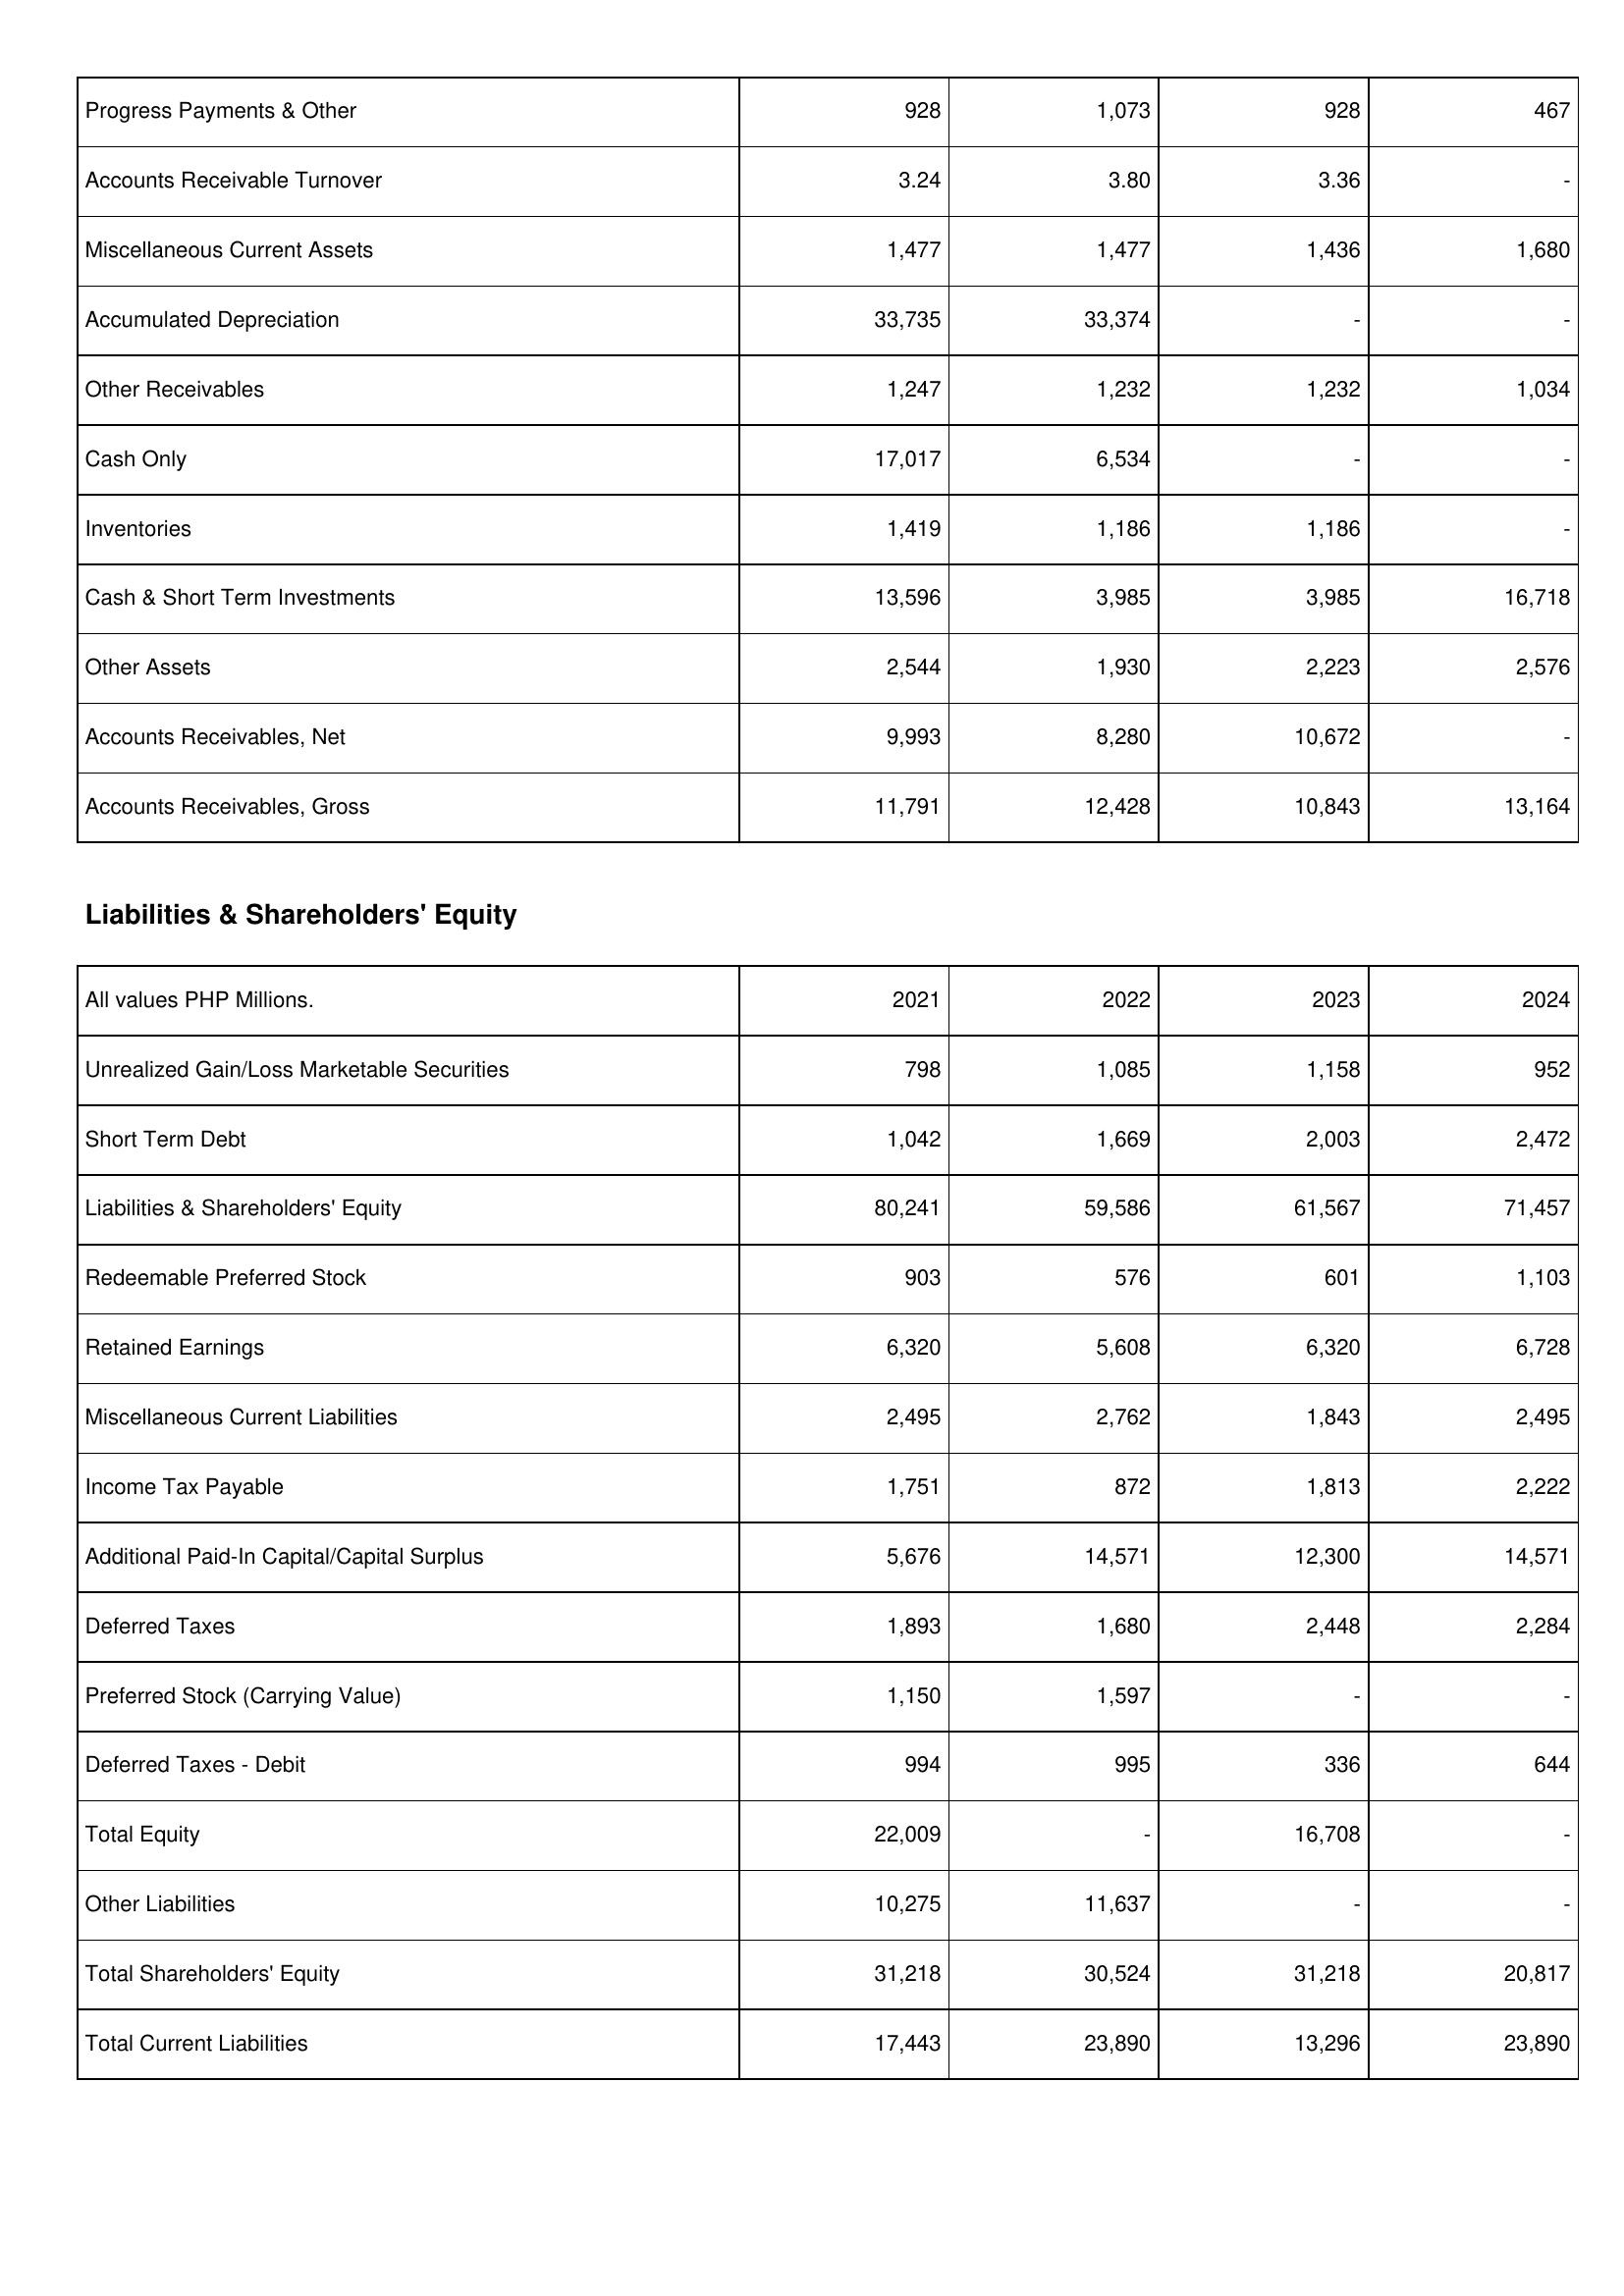
2021: Assets: Progress Payments & Other: 928
Accounts Receivable Turnover: 3.24
Miscellaneous Current Assets: 1,477
Accumulated Depreciation: 33,735
Other Receivables: 1,247
Cash Only: 17,017
Inventories: 1,419
Cash & Short Term Investments: 13,596
Other Assets: 2,544
Accounts Receivables, Net: 9,993
Accounts Receivables, Gross: 11,791
Liabilities & Shareholders' Equity: Unrealized Gain/Loss Marketable Securities: 798
Short Term Debt: 1,042
Liabilities & Shareholders' Equity: 80,241
Redeemable Preferred Stock: 903
Retained Earnings: 6,320
Miscellaneous Current Liabilities: 2,495
Income Tax Payable: 1,751
Additional Paid-In Capital/Capital Surplus: 5,676
Deferred Taxes: 1,893
Preferred Stock (Carrying Value): 1,150
Deferred Taxes - Debit: 994
Total Equity: 22,009
Other Liabilities: 10,275
Total Shareholders' Equity: 31,218
Total Current Liabilities: 17,443
2022: Assets: Progress Payments & Other: 1,073
Accounts Receivable Turnover: 3.80
Miscellaneous Current Assets: 1,477
Accumulated Depreciation: 33,374
Other Receivables: 1,232
Cash Only: 6,534
Inventories: 1,186
Cash & Short Term Investments: 3,985
Other Assets: 1,930
Accounts Receivables, Net: 8,280
Accounts Receivables, Gross: 12,428
Liabilities & Shareholders' Equity: Unrealized Gain/Loss Marketable Securities: 1,085
Short Term Debt: 1,669
Liabilities & Shareholders' Equity: 59,586
Redeemable Preferred Stock: 576
Retained Earnings: 5,608
Miscellaneous Current Liabilities: 2,762
Income Tax Payable: 872
Additional Paid-In Capital/Capital Surplus: 14,571
Deferred Taxes: 1,680
Preferred Stock (Carrying Value): 1,597
Deferred Taxes - Debit: 995
Total Equity: -
Other Liabilities: 11,637
Total Shareholders' Equity: 30,524
Total Current Liabilities: 23,890
2023: Assets: Progress Payments & Other: 928
Accounts Receivable Turnover: 3.36
Miscellaneous Current Assets: 1,436
Accumulated Depreciation: -
Other Receivables: 1,232
Cash Only: -
Inventories: 1,186
Cash & Short Term Investments: 3,985
Other Assets: 2,223
Accounts Receivables, Net: 10,672
Accounts Receivables, Gross: 10,843
Liabilities & Shareholders' Equity: Unrealized Gain/Loss Marketable Securities: 1,158
Short Term Debt: 2,003
Liabilities & Shareholders' Equity: 61,567
Redeemable Preferred Stock: 601
Retained Earnings: 6,320
Miscellaneous Current Liabilities: 1,843
Income Tax Payable: 1,813
Additional Paid-In Capital/Capital Surplus: 12,300
Deferred Taxes: 2,448
Preferred Stock (Carrying Value): -
Deferred Taxes - Debit: 336
Total Equity: 16,708
Other Liabilities: -
Total Shareholders' Equity: 31,218
Total Current Liabilities: 13,296
2024: Assets: Progress Payments & Other: 467
Accounts Receivable Turnover: -
Miscellaneous Current Assets: 1,680
Accumulated Depreciation: -
Other Receivables: 1,034
Cash Only: -
Inventories: -
Cash & Short Term Investments: 16,718
Other Assets: 2,576
Accounts Receivables, Net: -
Accounts Receivables, Gross: 13,164
Liabilities & Shareholders' Equity: Unrealized Gain/Loss Marketable Securities: 952
Short Term Debt: 2,472
Liabilities & Shareholders' Equity: 71,457
Redeemable Preferred Stock: 1,103
Retained Earnings: 6,728
Miscellaneous Current Liabilities: 2,495
Income Tax Payable: 2,222
Additional Paid-In Capital/Capital Surplus: 14,571
Deferred Taxes: 2,284
Preferred Stock (Carrying Value): -
Deferred Taxes - Debit: 644
Total Equity: -
Other Liabilities: -
Total Shareholders' Equity: 20,817
Total Current Liabilities: 23,890